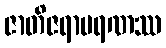
ဇာတိဇရာမရဏဿ